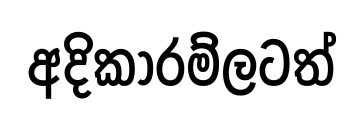
අදිකාරම්ලටත්